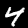
Label: 4